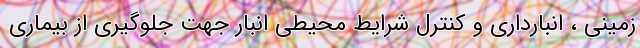
زمینی ، انبارداری و کنترل شرایط محیطی انبار جهت جلوگیری از بیماری